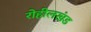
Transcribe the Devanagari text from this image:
रोहीलखंड